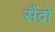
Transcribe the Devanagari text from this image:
सैंद्रो